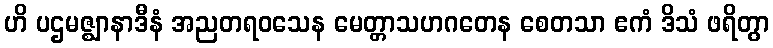
ဟိ ပဌမဇ္ဈာနာဒီနံ အညတရဝသေန မေတ္တာသဟဂတေန စေတသာ ဧကံ ဒိသံ ဖရိတွာ